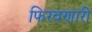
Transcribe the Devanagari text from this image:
फिरवणारी